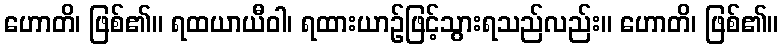
ဟောတိ၊ ဖြစ်၏။ ရထယာယီဝါ၊ ရထားယာဉ်ဖြင့်သွားရသည်လည်း။ ဟောတိ၊ ဖြစ်၏။